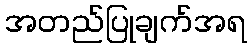
အတည်ပြုချက်အရ